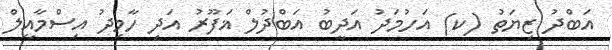
އަބްދު ޒިޔަތު (ކ) އަހުމަދު އަދީބު އަބްދުލް ޣަފޫރު އަދި ހާމިދު އިސްމާއީލް